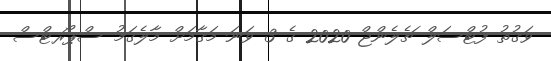
ވަގުތު ފުޓްސަލް ޗެލެންޖް 2020 ގެ 3 ވަނަ މަގާމަށް މާލެގަމު ސްޕޯރޓްސް